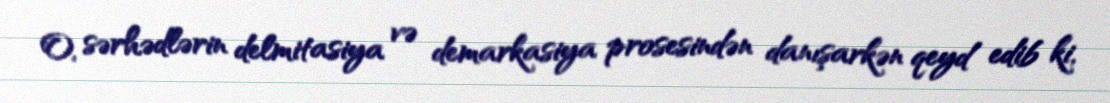
O, sərhədlərin delmitasiya və demarkasiya prosesindən danışarkən qeyd edib ki,